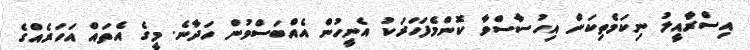
އިސްރާއީލު ނިކަމެތިކަން އިހުސާސްވާ ކޮންމެފަހަރަކު އެނީހުން އެއްބަސްވުން ހަދާނެ. މީގެ އެތައް އަހަރެއްގެ